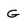
Character: G